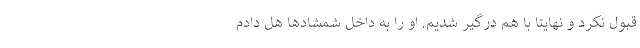
قبول نکرد و نهایتا با هم درگیر شدیم. او را به داخل شمشاد‌ها هل دادم